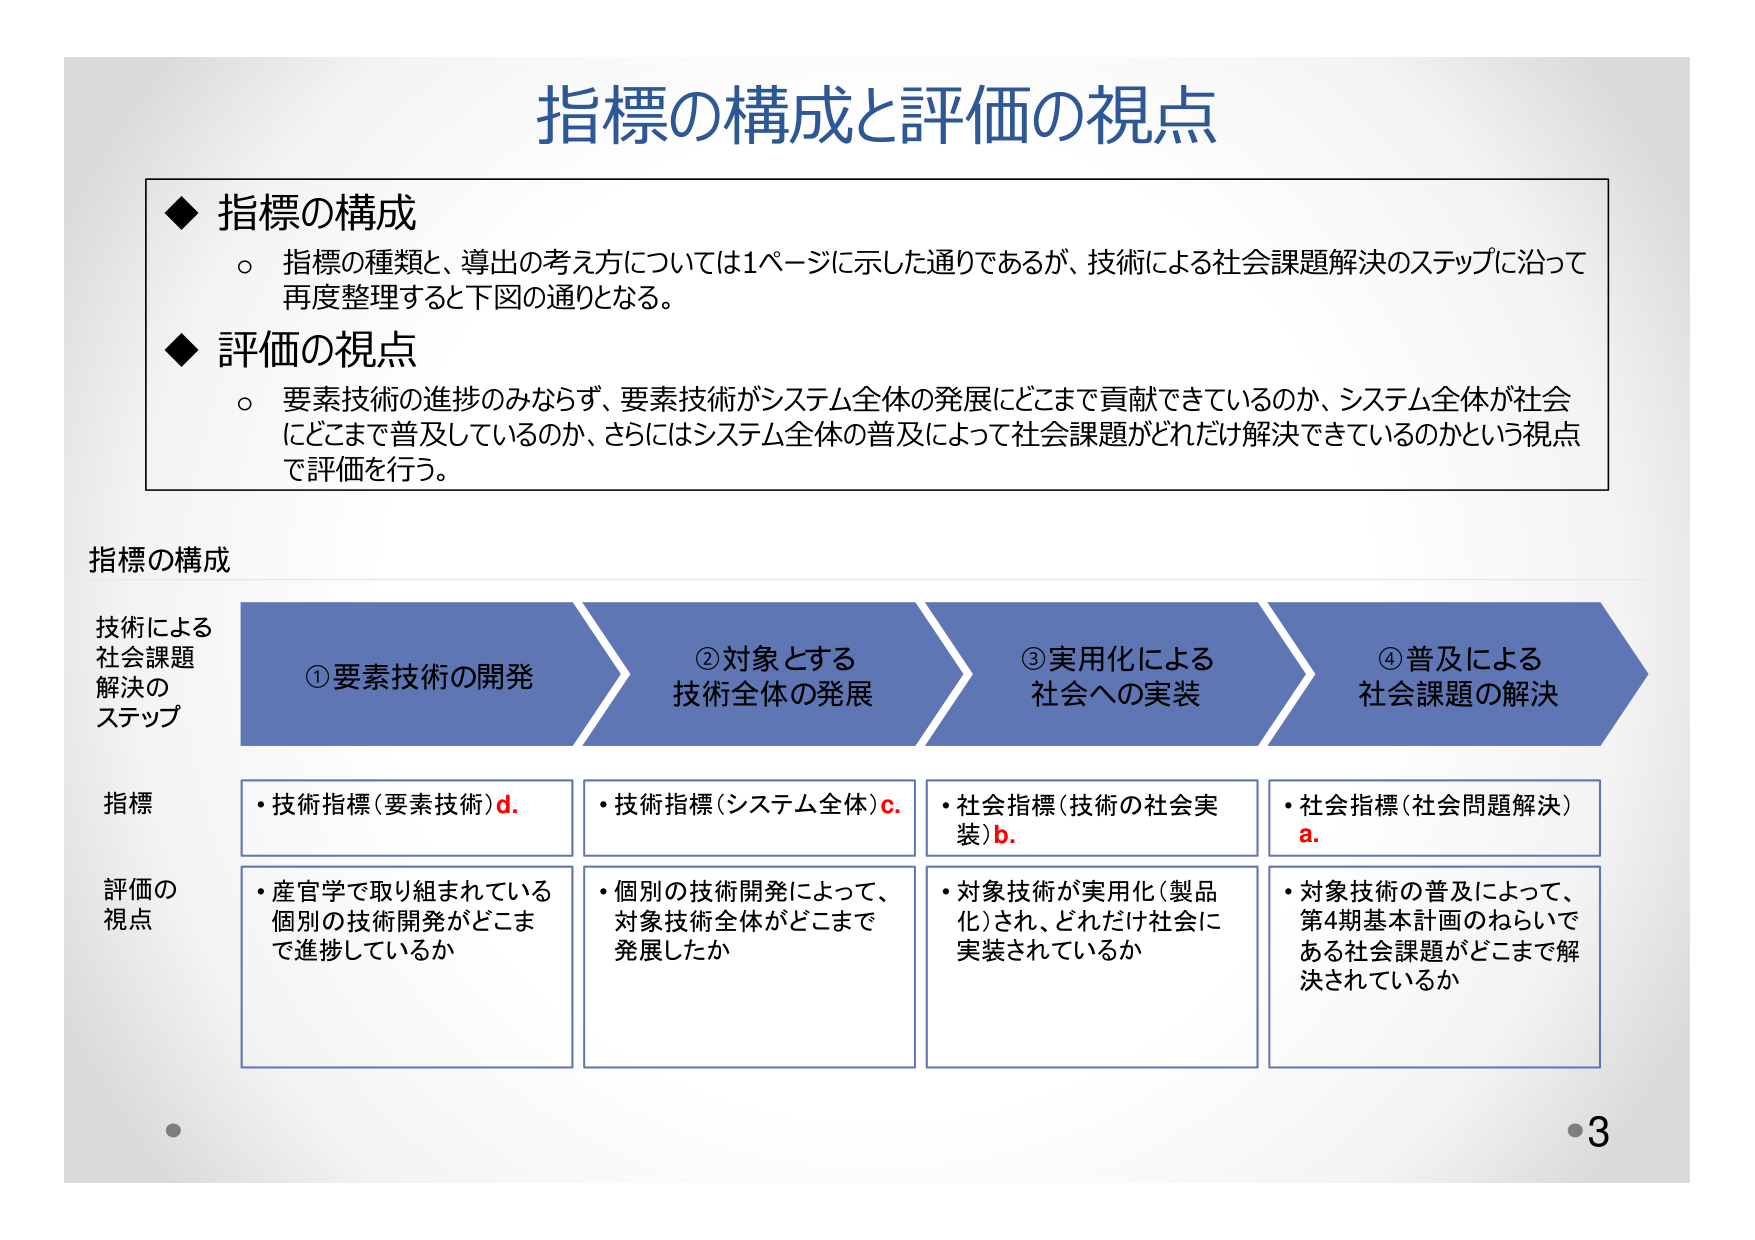
指標の構成と評価の視点

◆ 指標の構成
○ 指標の種類と、導出の考え方については1ページに示した通りであるが、技術による社会課題解決のステップに沿って再度整理すると下図の通りとなる。

◆ 評価の視点
○ 要素技術の進歩のみならず、要素技術がシステム全体の発展にどこまで貢献できているのか、システム全体が社会にどこまで普及しているのか、さらにはシステム全体の普及によって社会課題がどれだけ解決できているのかという視点で評価を行う。

指標の構成

技術による
社会課題
解決の
ステップ

① 要素技術の開発
② 対象とする
技術全体の発展
③ 実用化による
社会への実装
④ 普及による
社会課題の解決

指標
・技術指標（要素技術）d.
・技術指標（システム全体）c.
・社会指標（技術の社会実装）b.
・社会指標（社会問題解決）a.

評価の
視点
・産官学で取り組まれている
個別の技術開発がどこまで
進捗しているか
・個別の技術開発によって、
対象技術全体がどこまで
発展したか
・対象技術が実用化（製品化）され、どれだけ社会に
実装されているか
・対象技術の普及によって、
第4期基本計画のねらいで
ある社会課題がどこまで解
決されているか

3